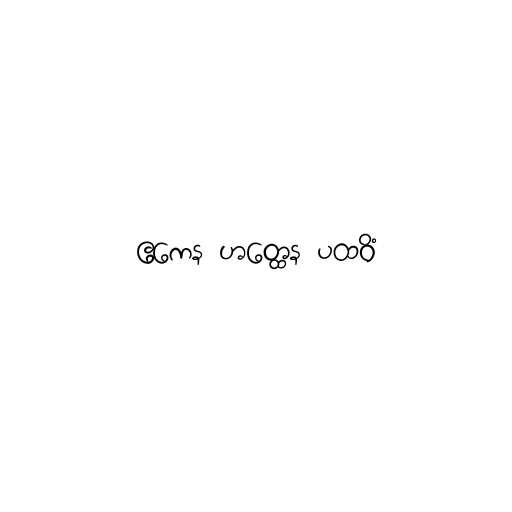
ဧကေန ဟတ္ထေန ပထဝိံ